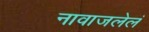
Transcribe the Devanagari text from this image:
नावाजलेलं